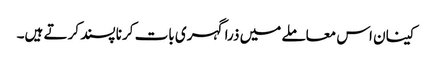
کینان اس معاملے میں ذرا گہری بات کرنا پسند کرتے ہیں۔